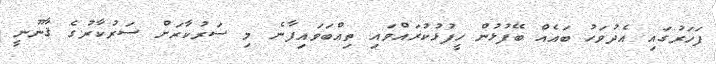
ފަހަރުގައި އެދުވަހު ބައެއް ބޭފުޅުން ހީފުޅުކުރައްވައި ތިއްބަވައިފާނެ މި ސަރުކާރަށް ސަރުކާރުގެ ޤާނޫނީ